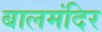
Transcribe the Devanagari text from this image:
बालमंदिर